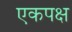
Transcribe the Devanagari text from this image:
एकपक्ष